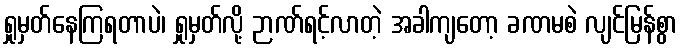
ရှုမှတ်နေကြရတာပဲ၊ ရှုမှတ်လို့ ဉာဏ်ရင့်လာတဲ့ အခါကျတော့ ခဏမစဲ လျင်မြန်စွာ